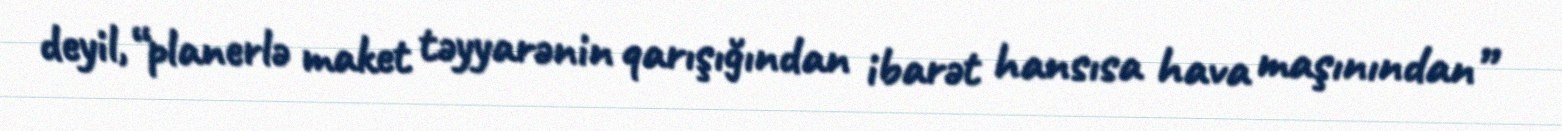
deyil, “planerlə maket təyyarənin qarışığından ibarət hansısa hava maşınından”